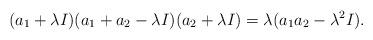
LaTeX: \begin{align*}(a_1 +\lambda I)(a_1 + a_2 - \lambda I)(a_2 + \lambda I) = \lambda(a_1a_2 - \lambda^2 I).\end{align*}